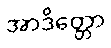
အာဒိတ္တော